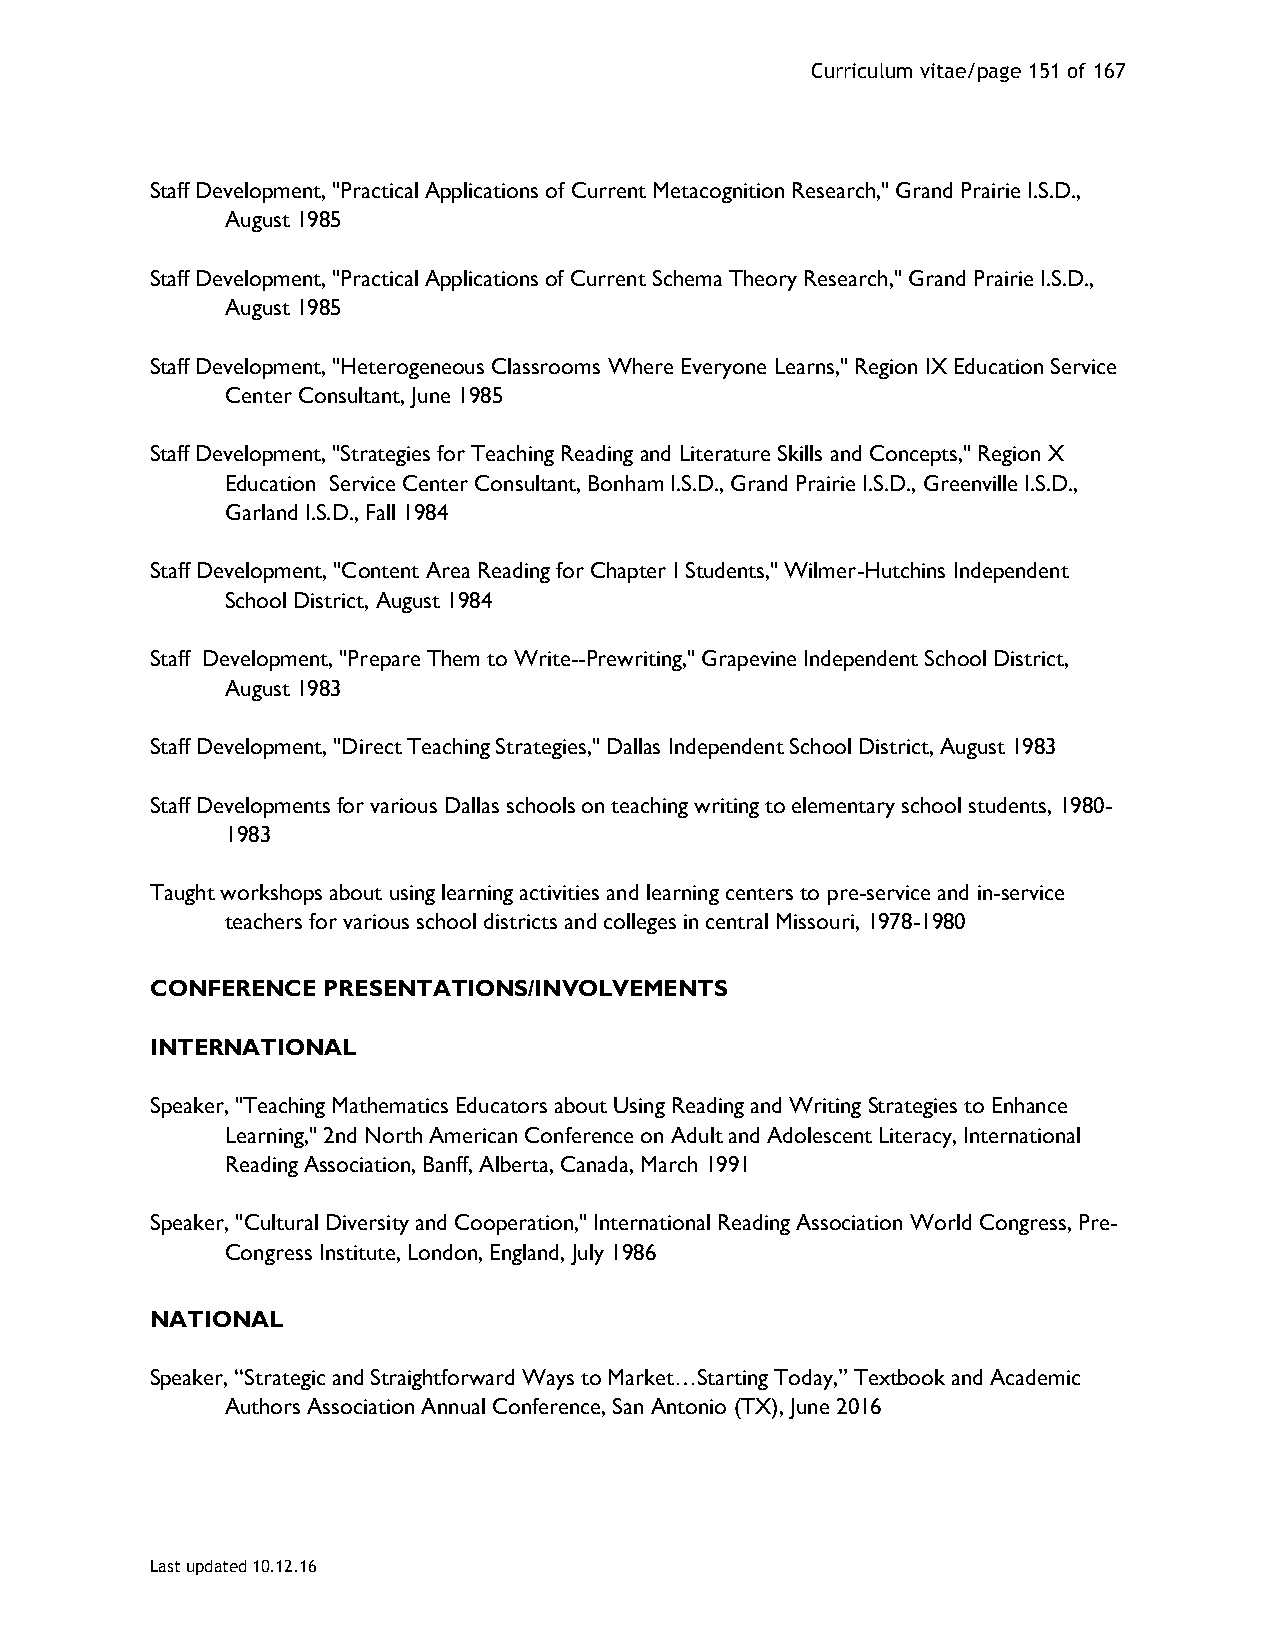
Curriculum vitae/page 151 of 167
 Staff Development, "Practical Applications of Current Metacognition Research," Grand Prairie I.S.D.,
 August 1985
 Staff Development, "Practical Applications of Current Schema Theory Research," Grand Prairie I.S.D.,
 August 1985
 Staff Development, "Heterogeneous Classrooms Where Everyone Learns," Region IX Education Service
 Center Consultant, June 1985
 Staff Development, "Strategies for Teaching Reading and Literature Skills and Concepts," Region X
 Education Service Center Consultant, Bonham I.S.D., Grand Prairie I.S.D., Greenville I.S.D.,
 Garland I.S.D., Fall 1984
 Staff Development, "Content Area Reading for Chapter I Students," Wilmer-Hutchins Independent
 School District, August 1984
 Staff Development, "Prepare Them to Write--Prewriting," Grapevine Independent School District,
 August 1983
 Staff Development, "Direct Teaching Strategies," Dallas Independent School District, August 1983
 Staff Developments for various Dallas schools on teaching writing to elementary school students, 1980-
 1983
 Taught workshops about using learning activities and learning centers to pre-service and in-service
 teachers for various school districts and colleges in central Missouri, 1978-1980
 CONFERENCE PRESENTATIONS/INVOLVEMENTS
 INTERNATIONAL
 Speaker, "Teaching Mathematics Educators about Using Reading and Writing Strategies to Enhance
 Learning," 2nd North American Conference on Adult and Adolescent Literacy, International
 Reading Association, Banff, Alberta, Canada, March 1991
 Speaker, "Cultural Diversity and Cooperation," International Reading Association World Congress, Pre-
 Congress Institute, London, England, July 1986
 NATIONAL
 Speaker, “Strategic and Straightforward Ways to Market…Starting Today,” Textbook and Academic
 Authors Association Annual Conference, San Antonio (TX), June 2016
 Last updated 10.12.16